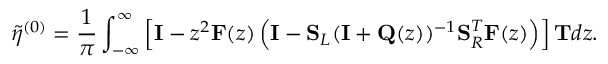
\tilde { \eta } ^ { ( 0 ) } = \frac { 1 } { \pi } \int _ { - \infty } ^ { \infty } \left[ \mathbf { I } - z ^ { 2 } \mathbf { F } ( z ) \left( \mathbf { I } - \mathbf { S } _ { L } ( \mathbf { I } + \mathbf { Q } ( z ) ) ^ { - 1 } \mathbf { S } _ { R } ^ { T } \mathbf { F } ( z ) \right) \right] \mathbf { T } d z .